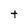
Character: t